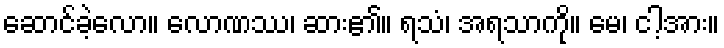
ဆောင်ခဲ့လော။ လောဏဿ၊ ဆား၏။ ရသံ၊ အရသာကို။ မေ၊ ငါ့အား။